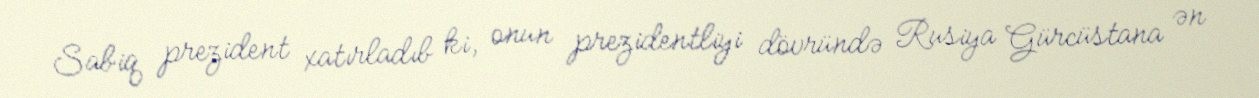
Sabiq prezident xatırladıb ki, onun prezidentliyi dövründə Rusiya Gürcüstana ən